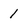
Character: 1